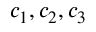
c _ { 1 } , c _ { 2 } , c _ { 3 }